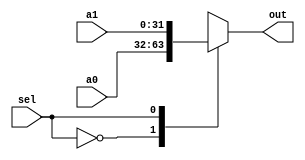
`timescale 1ns / 1ps
//////////////////////////////////////////////////////////////////////////////////
// Company: 
// Engineer: 
// 
// Design Name: 
// Module Name: mux
// Project Name: 
// Target Devices: 
// Tool Versions: 
// Description: 
// 
// Dependencies: 
// 
// Revision:
// Revision 0.01 - File Created
// Additional Comments:
// 
//////////////////////////////////////////////////////////////////////////////////



module mux(sel, a0, a1, out);
input sel;
input [31:0] a0, a1;
output reg [31:0] out;
always @ (sel or a0 or a1)
begin
case(sel)
0:out = a0;
1:out = a1;
endcase
end
endmodule